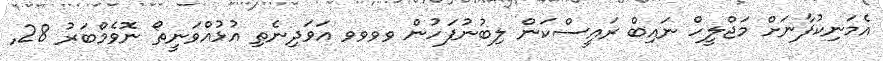
އެމަނިކުފާނަށް މަޖްލީހް ނައިބް ރައީސްކަން ލިބުނުފަހުން ވވވވ އަވަދިނެތި އުޅުއްވަނީތޯ ނޮވެމްބަރު 28